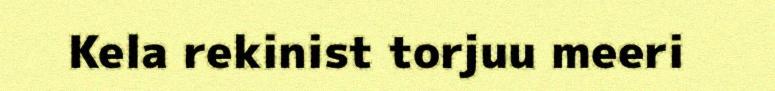
Kela rekinist torjuu meeri